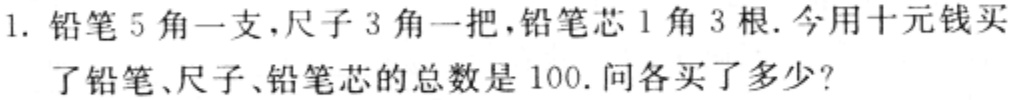
1. 铅笔5角一支，尺子3角一把，铅笔芯1角3根. 今用十元钱买了铅笔、尺子、铅笔芯的总数是100. 问各买了多少?